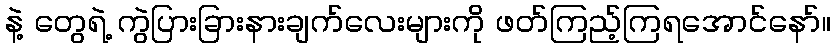
နဲ့ တွေရဲ့ ကွဲပြားခြားနားချက်လေးများကို ဖတ်ကြည့်ကြရအောင်နော်။